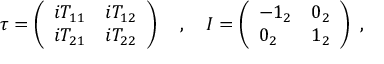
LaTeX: \tau = \left( \begin{array} { l l } { { i T _ { 1 1 } } } & { { i T _ { 1 2 } } } \\ { { i T _ { 2 1 } } } & { { i T _ { 2 2 } } } \end{array} \right) ~ ~ ~ , ~ ~ ~ I = \left( \begin{array} { l l } { { - 1 _ { 2 } } } & { { 0 _ { 2 } } } \\ { { 0 _ { 2 } } } & { { 1 _ { 2 } } } \end{array} \right) ~ ,